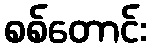
စစ်တောင်း